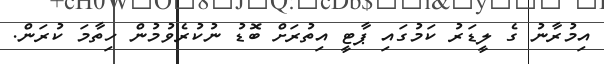
އިމުރާނު ގެ ލީޑަރު ކަމުގައި ޕާޓީ އިތުރަށް ބޮޑު ނުކުރެވުމުން ހިތާމަ ކުރަން.